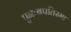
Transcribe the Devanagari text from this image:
पुनःबपतिस्मा